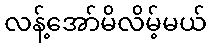
လန့်အော်မိလိမ့်မယ်